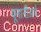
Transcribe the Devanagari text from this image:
यूनानीअर्थ